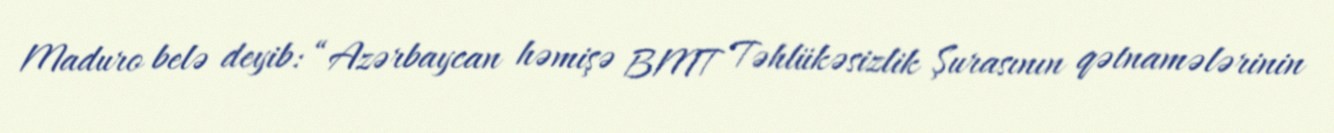
Maduro belə deyib: “Azərbaycan həmişə BMT Təhlükəsizlik Şurasının qətnamələrinin